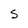
Character: S